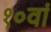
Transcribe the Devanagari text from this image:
१०वां